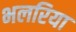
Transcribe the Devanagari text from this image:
भलरिया